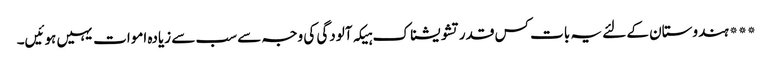
*** ہندوستان کے لئے یہ بات کس قدر تشویشناک ہیکہ آلودگی کی وجہ سے سب سے زیادہ اموات یہیں ہوئیں۔